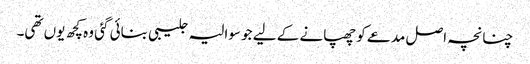
چنانچہ اصل مدعے کو چھپانے کے لیے جو سوالیہ جلیبی بنائی گئی وہ کچھ یوں تھی۔